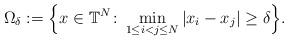
LaTeX: \begin{gather*}\Omega_{\delta}:=\Big\{ x\in\mathbb{T}^{N}\colon \min\limits_{1\leq i<j\leq N}\vert x_{i}-x_{j}\vert \geq\delta\Big\} .\end{gather*}